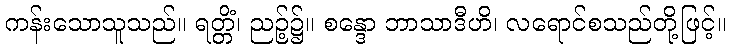
ကန်းသောသူသည်။ ရတ္တိံ၊ ညဉ့်၌။ စန္ဒော ဘာသာဒီဟိ၊ လရောင်စသည်တို့ဖြင့်။